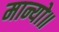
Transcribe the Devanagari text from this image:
मान्यो॥